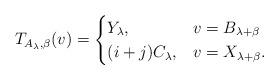
LaTeX: \begin{align*} T_{A_\lambda,\beta}(v)=\begin{cases} Y_{\lambda}, & v=B_{\lambda+\beta}\\ (i+j)C_{\lambda}, & v=X_{\lambda+\beta}. \end{cases}\end{align*}